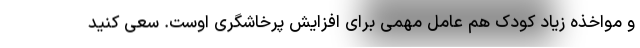
و مواخذه زیاد کودک هم عامل مهمی برای افزایش پرخاشگری اوست. سعی کنید